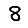
Digit: 8